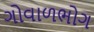
ગોવાળભોગ